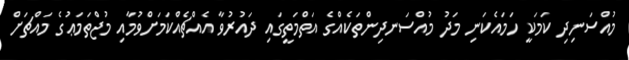
މުއްސަނިދި ކަމަކީ ހަމައެކަނި މަދު މުއްސަނދިންތަކެއްގެ އަތްމަތީގައި ދައުރުވާ އެއްޗެއްކަމަށްވުމާއި މުޖްތަމަޢުގެ މައްޗަށް